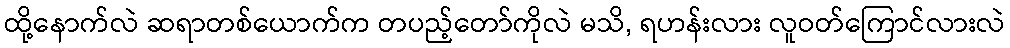
ထို့နောက်လဲ ဆရာတစ်ယောက်က တပည့်တော်ကိုလဲ မသိ, ရဟန်းလား လူဝတ်ကြောင်လားလဲ